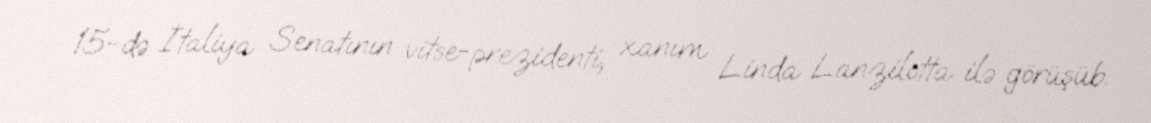
15-də İtaliya Senatının vitse-prezidenti, xanım Linda Lanzilotta ilə görüşüb.